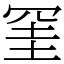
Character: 𭁹